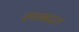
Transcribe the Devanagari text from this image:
स्थाबद्दल